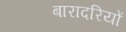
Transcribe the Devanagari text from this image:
बारादरियों